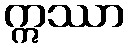
ဣဿာ